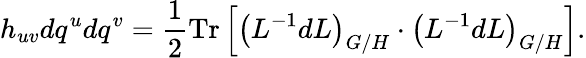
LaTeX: h_{uv}dq^{u}dq^{v}=\frac 12\mathrm{Tr}\left[\left(L^{-1}dL\right)_{G/H}\cdot\left(L^{-1}dL\right)_{G/H}\right].